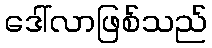
ဒေါ်လာဖြစ်သည်